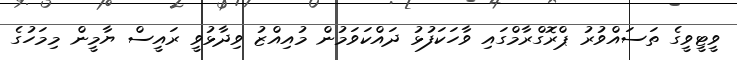
ވީޓީވީގެ ތަސައްވުރު ޕްރޮގްރާމްގައި ވާހަކަފުޅު ދައްކަވަމުން މުއިއްޒު ވިދާޅުވީ ރައީސް ޔާމީން މިމަހުގެ